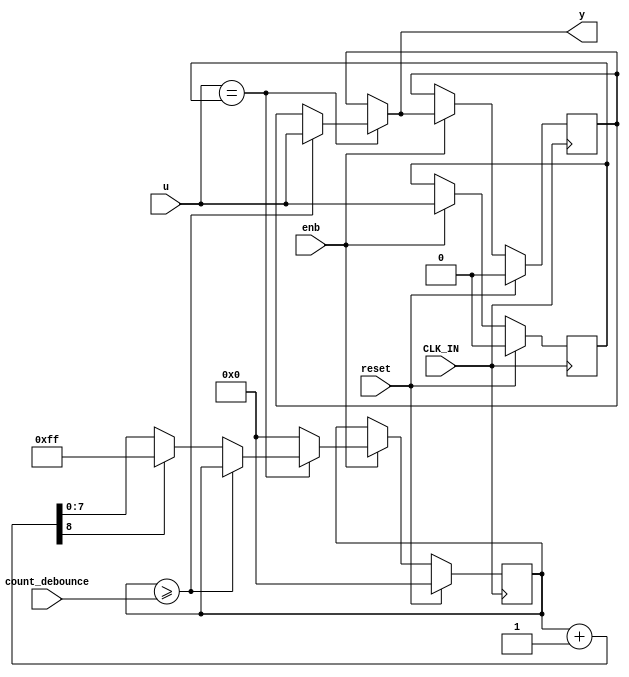
// -------------------------------------------------------------
// 
// 
// Generated by MATLAB 8.2 and HDL Coder 3.3
// 
// -------------------------------------------------------------


// -------------------------------------------------------------
// 
// Module: Count_Up_Down
// Source Path: controllerPeripheralHdlAdi/Encoder_Peripheral_Hardware_Specification/Debounce_A/Count_Up_Down
// Hierarchy Level: 3
// 
// -------------------------------------------------------------

`timescale 1 ns / 1 ns

module Count_Up_Down
          (
           CLK_IN,
           reset,
           enb,
           u,
           count_debounce,
           y
          );


  input   CLK_IN;
  input   reset;
  input   enb;
  input   u;
  input   [7:0] count_debounce;  // uint8
  output  y;


  reg  u_n1;
  reg [7:0] count;  // uint8
  reg  y_reg;
  reg  u_n1_next;
  reg [7:0] count_next;  // uint8
  reg  y_reg_next;
  reg [8:0] add_temp_1;  // ufix9


  always @(posedge CLK_IN)
    begin : libDebounce_c2_Count_Up_Down_process
      if (reset == 1'b1) begin
        u_n1 <= 1'b0;
        count <= 8'd0;
        y_reg <= 1'b0;
      end
      else if (enb) begin
        u_n1 <= u_n1_next;
        count <= count_next;
        y_reg <= y_reg_next;
      end
    end

  always @(u, u_n1, count, count_debounce, y_reg) begin
    count_next = count;
    y_reg_next = y_reg;
    //Gateway: Debounce/Count_Up_Down
    //During: Debounce/Count_Up_Down
    //Entry Internal: Debounce/Count_Up_Down
    //Transition: '<S10>:27'
    if (u == u_n1) begin
      //Transition: '<S10>:4'
      //Transition: '<S10>:6'
      if (count >= count_debounce) begin
        //Transition: '<S10>:8'
        //Transition: '<S10>:10'
        y_reg_next = u;
        //Transition: '<S10>:16'
      end
      else begin
        //Transition: '<S10>:12'
        add_temp_1 = count + 1;
        if (add_temp_1[8] != 1'b0) begin
          count_next = 8'b11111111;
        end
        else begin
          count_next = add_temp_1[7:0];
        end
      end
      //Transition: '<S10>:15'
    end
    else begin
      //Transition: '<S10>:14'
      count_next = 8'd0;
    end
    //Transition: '<S10>:18'
    u_n1_next = u;
  end

  assign y = y_reg_next;



endmodule  // Count_Up_Down